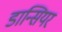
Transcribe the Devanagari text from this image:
डान्सियर